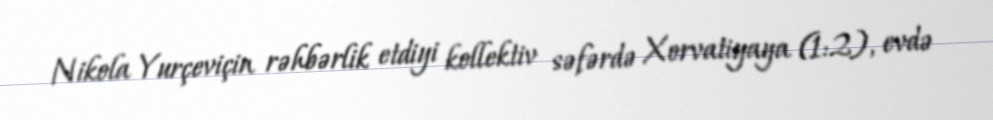
Nikola Yurçeviçin rəhbərlik etdiyi kollektiv səfərdə Xorvatiyaya (1:2), evdə